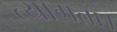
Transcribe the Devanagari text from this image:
त्‍यागता।